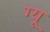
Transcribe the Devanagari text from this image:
ग्यू